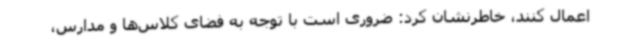
اعمال کنند، خاطرنشان کرد: ضروری است با توجه به فضای کلاس‌ها و مدارس،